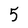
Character: 5